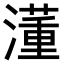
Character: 𣿅